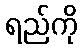
ရည်ကို